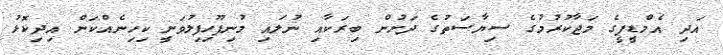
އަދި އެމްޑީޕީގެ މަޖާކުރުމުގެ ސިޔާސަތުގެ ދަށުން ބިރަކާއި ނުލައި މުނިފޫހިފިލުވަނީ ކިހިނެއްކަން އިދިކޮޅު